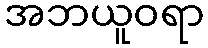
အဘယူဝရာ